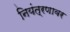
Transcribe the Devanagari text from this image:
नियंत्रणावर